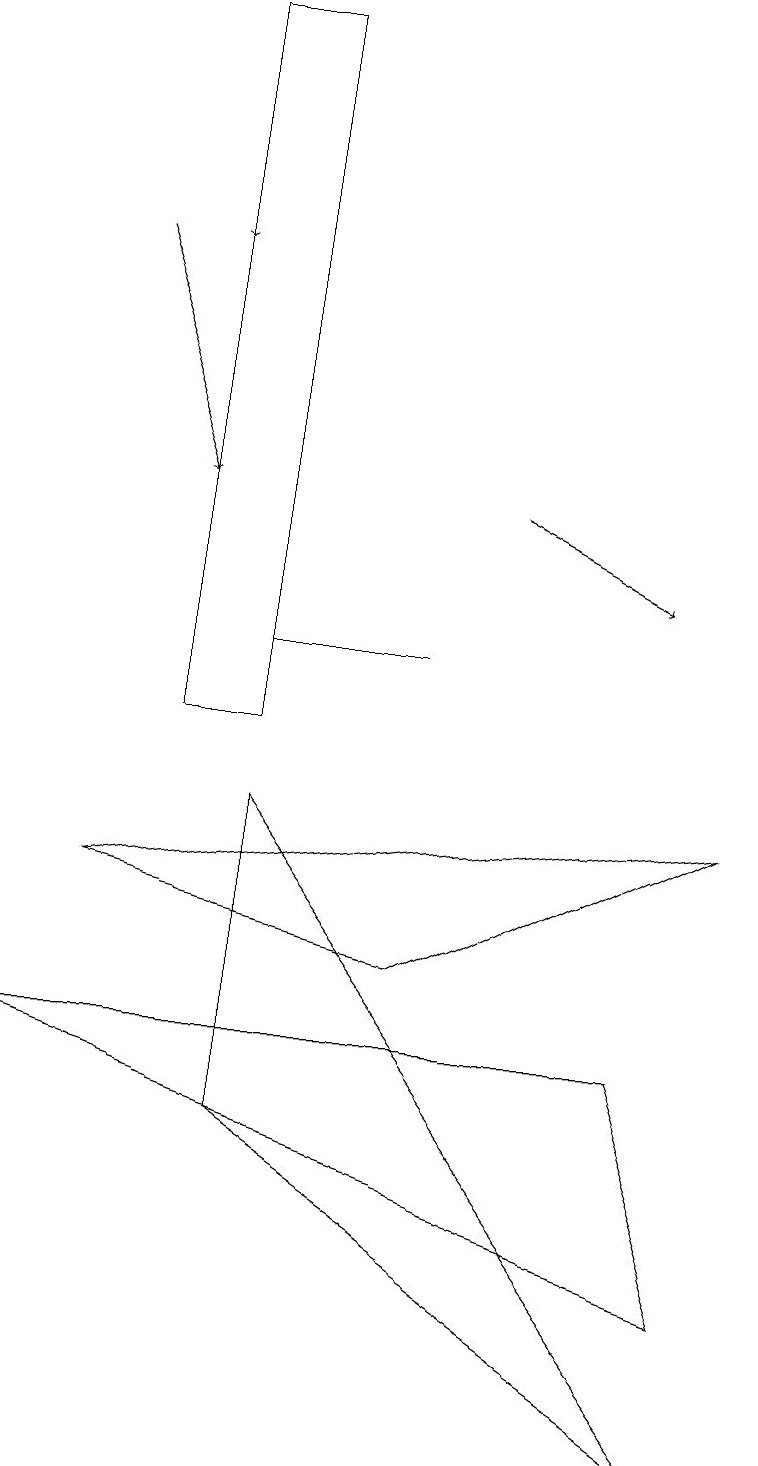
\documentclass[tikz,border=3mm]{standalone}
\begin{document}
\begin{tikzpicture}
\draw[->] (1,16) -- (2,13);
\draw[->] (2,19) -- (2,16);
\draw (3,5) -- (9,1) -- (3,9) -- cycle;
\draw[->] (6,13) -- (8,12);
\draw (2,19) rectangle (3,10);
\draw (3,11) rectangle (5,11);
\draw (0,6) -- (8,6) -- (9,3) -- cycle;
\draw (9,9) -- (5,7) -- (1,8) -- cycle;
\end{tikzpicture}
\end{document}